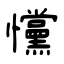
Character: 戃